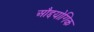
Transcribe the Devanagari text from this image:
औद्दयोगिक